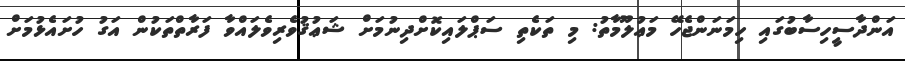
އަންދާސީހިސާބުގައި ހިމަނަންޖެހޭ މަޢުލޫމާތު: މި ތަކެތި ސަޕްލައިކޮށްދިނުމަށް ޝަޢުޤުވެރިވެލައްވާ ފަރާތްތަކުން އަގު ހުށައެޅުމަށް